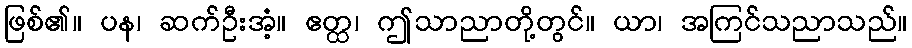
ဖြစ်၏။ ပန၊ ဆက်ဦးအံ့။ ဧတ္ထ၊ ဤသာညာတို့တွင်။ ယာ၊ အကြင်သညာသည်။